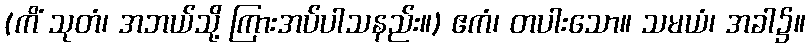
(ကိံ သုတံ၊ အဘယ်သို့ ကြားအပ်ပါသနည်း။) ဧကံ၊ တပါးသော။ သမယံ၊ အခါ၌။